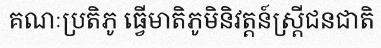
គណៈប្រតិភូ ធ្វើមាតិភូមិនិវត្តន៍ស្ត្រីជនជាតិ